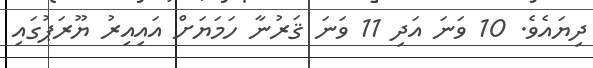
ދިޔައެވެ. 10 ވަނަ އަދި 11 ވަނަ ޤަރުނާ ހަމަޔަށް އައިއިރު ޔޫރަޕުގައި